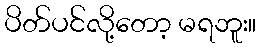
ပိတ်ပင်လို့တော့ မရဘူး။